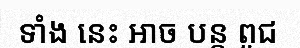
ទាំង នេះ អាច បន្ត ពូជ